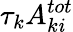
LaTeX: \tau_{k}A_{k\mathit{i}}^{tot}